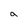
Character: a